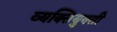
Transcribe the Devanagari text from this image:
व्यक्तियुक्ती